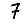
Digit: 7